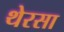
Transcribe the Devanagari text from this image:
थेरसा